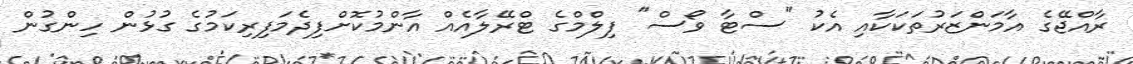
ރާއްޖޭގެ އާމަންޒަރުތަކަކާއި އެކު "ސްޓާ ވޯސް" ފިލްމްގެ ޓްރޭލާއެއް އާންމުކޮށްފިދެމަފިރިކަމުގެ ގުޅުން ހިންގުން